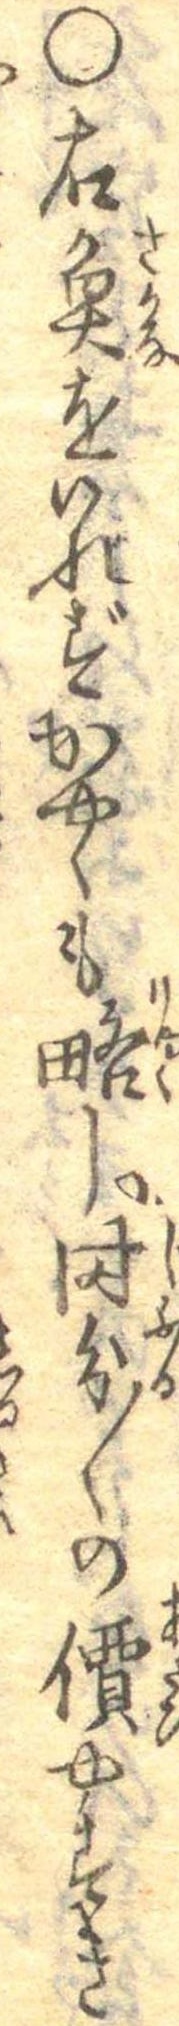
○右魚をいれずかやくも略し時分〱の價やすき